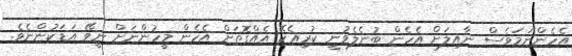
އެހެންނަމަވެސް ނާއިލަށް އެހެން ބުނެލެވުނީ ކުރިއެކޭ އެއްގޮތަށް އެހެން މީހުންނަށް ނީވޭ އަޑަކުންނެވެ.